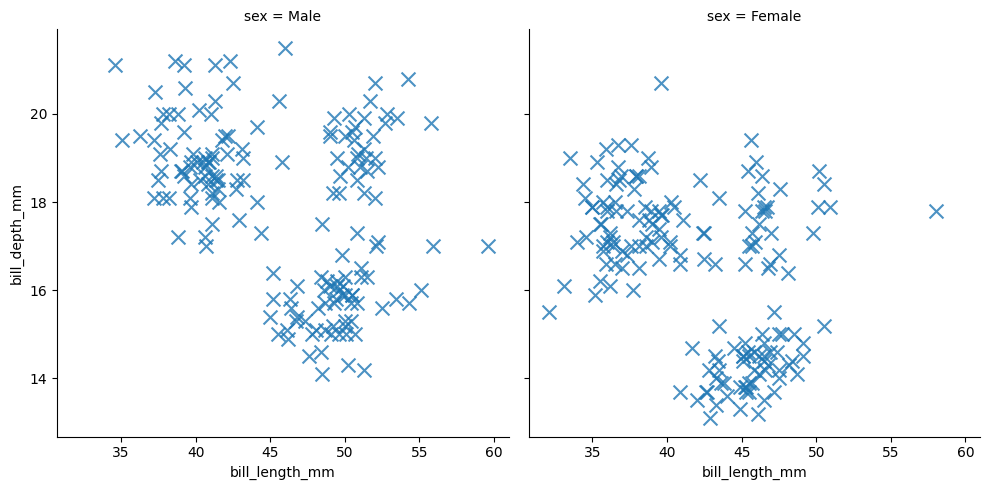
python, seaborn, lmplot, aspect=1.0, order=2, markers='x'